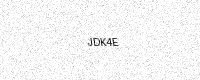
Text: JDK4E